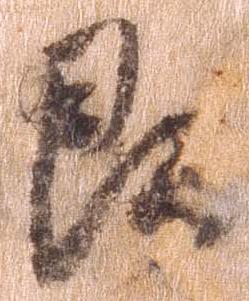
即